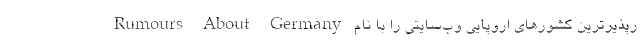
رپذیرترین کشورهای اروپایی وب‌سایتی را با نام Rumours About Germany